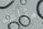
مقاعد